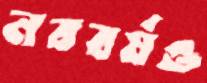
নববর্ষও